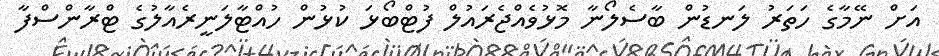
އަށް ނޭމާގެ ހަތަރު ލަނޑުން ބާސެލޯނާ މޮޅުވެއްޖެރައުލް ފުޓްބޯޅަ ކުޅުން ހުއްޓާލަނީރެއާލުގެ ޓްރާންސްފާ